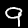
Label: 9